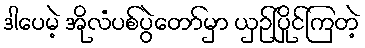
ဒါပေမဲ့ အိုလံပစ်ပွဲတော်မှာ ယှဉ်ပြိုင်ကြတဲ့